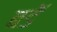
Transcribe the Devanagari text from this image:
बडॅ